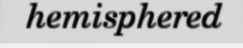
hemisphered